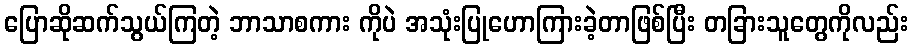
ပြောဆိုဆက်သွယ်ကြတဲ့ ဘာသာစကား ကိုပဲ အသုံးပြုဟောကြားခဲ့တာဖြစ်ပြီး တခြားသူတွေကိုလည်း